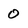
Character: 0